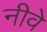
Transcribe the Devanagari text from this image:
नीवे